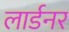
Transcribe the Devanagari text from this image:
लार्डनर